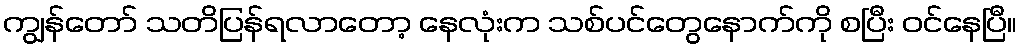
ကျွန်တော် သတိပြန်ရလာတော့ နေလုံးက သစ်ပင်တွေနောက်ကို စပြီး ဝင်နေပြီ။